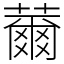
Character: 薾